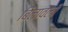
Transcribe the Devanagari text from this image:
बिलावली